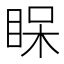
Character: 𥆫